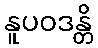
နူပဝဒန္တိ